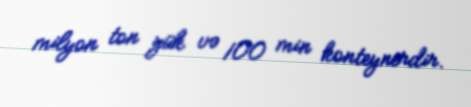
milyon ton yük və 100 min konteynerdir.